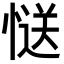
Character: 𭞅